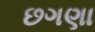
છગણા